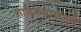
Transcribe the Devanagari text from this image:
शाद्विकशास्त्रमूढीं